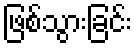
ဖြစ်သွားခြင်း